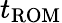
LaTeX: t_{\mathrm{ROM}}